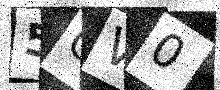
Text: 5OV0